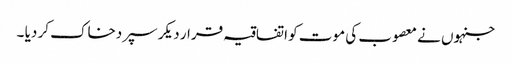
جنہوں نے معصوب کی موت کو اتفاقیہ قرار دیکر سپردخاک کر دیا ۔